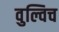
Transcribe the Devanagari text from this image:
वुल्विच